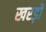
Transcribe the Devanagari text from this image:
खरड़ों